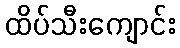
ထိပ်သီးကျောင်း